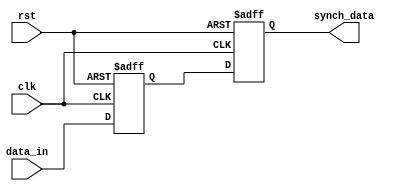
module Bit_synch_loop (
    input wire       data_in,
    input wire       clk,
    input wire       rst,
    output reg       synch_data
);

reg  first_ff_out;

always @(posedge clk, negedge rst )
 begin
    if (!rst)
    begin
        first_ff_out <= 1'b1;
    end
    else begin
        first_ff_out <= data_in;
    end   
end

always @(posedge clk , negedge rst) 
 begin
    if (!rst)
    begin
        synch_data <= 1'b1;
    end
    else begin
        synch_data <= first_ff_out;
    end     
end
    
endmodule